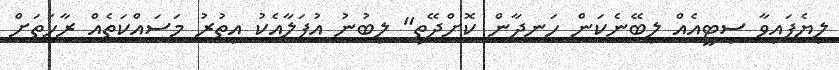
ލިޔެފައިވާ ސިޓީއެއް ލިބޭނެކަން ހަނދާން ކޮށްދޭތި" ލިބުނު އުފަލާއެކު އިތުރު މަސައްކަތެއް ރާހަތަށް